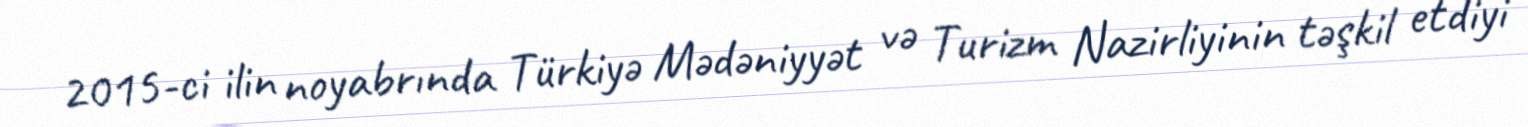
2015-ci ilin noyabrında Türkiyə Mədəniyyət və Turizm Nazirliyinin təşkil etdiyi